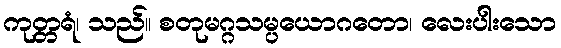
ကုတ္တရံ၊ သည်။ စတုမဂ္ဂသမ္ပယောဂတော၊ လေးပါးသော